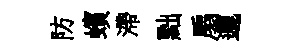
防蠙滯黜扇邐